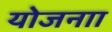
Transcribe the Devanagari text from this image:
योजनाा